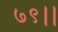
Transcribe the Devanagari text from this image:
७९।।